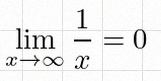
\lim_{x\to\infty}\frac{1}{x}=0